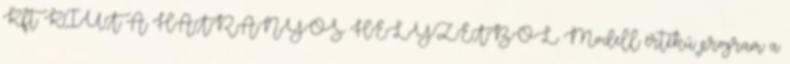
Kft. KIÚT A HÁTRÁNYOS HELYZETBŐL Modell értékű program a